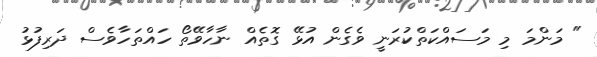
" މަންމަ މި މަސައްކަތްކުރަނީ ވެގެން އުޅޭ ގޮތެއް ނާހާވޭތޯ ހައްތަހާވެސް ދަރިފުޅު